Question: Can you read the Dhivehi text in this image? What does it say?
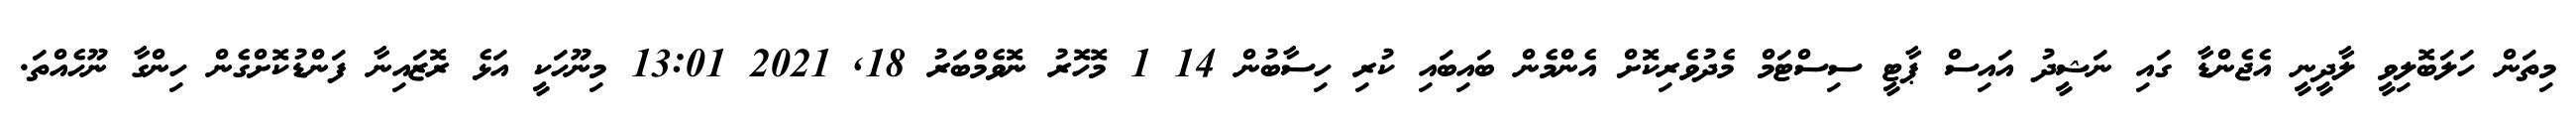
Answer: މިތަން ހަލަބޮލިވީ ލާދީނީ އެޖެންޑާ ގައި ނަޝީދު އައިސް ޕާޓީ ސިސްޓަމް މެދުވެރިކޮށް އެންމެން ބައިބައި ކުރި ހިސާބުން 14 1 މޮހޮރު ނޮވެމްބަރު 18, 2021 13:01 މިނޫހަކީ އަޅެ ރޮޒައިނާ ފަންޑުކޮށްގެން ހިންގާ ނޫހެއްތަ.